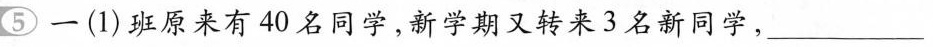
⑤一(1)班原来有40名同学，新学期又转来3名新同学，_________